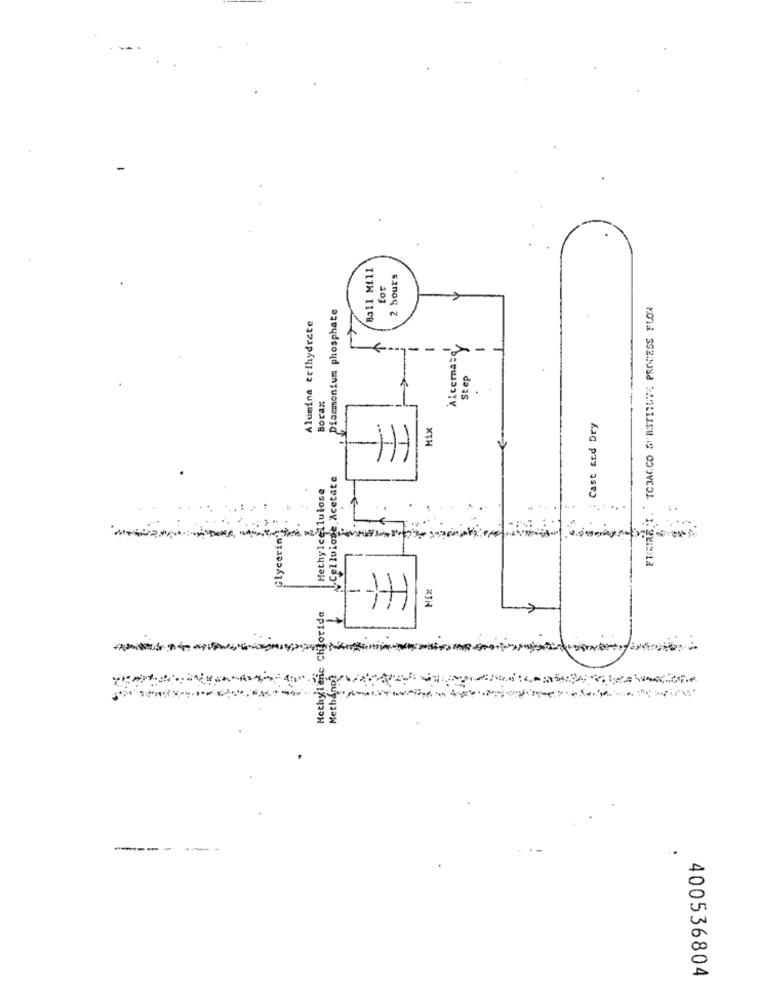
Ball Mill
2 hours
tor
Diammonium phosphate
TOBACCO SUBSTITUTE PROCESS FLOW
Alumina erthydrate
Aicemate
-
-
Step
Borax
MIX
Cast &Ed Dry
H
Cellulose, Acetate
Hethylcellulose
..
Glycerin;
Mix
Methylene Chloride
-
MethAno?
.
-----
400536804